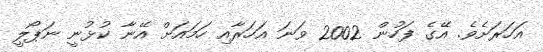
އަހަރަށެވެ. އޭގެ ފަހުން 2002 ވަނަ އަހަރާއި ހަމައަށް އޭނާ ކުޅުނީ ނަޕޯލީ